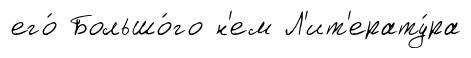
его́ Большо́го н'ем Л'ит'ерату́ра